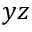
y z